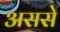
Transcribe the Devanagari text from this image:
अससे